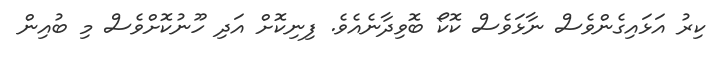
ކިރު އަޅައިގެންވެސް ނާޅަވެސް ކޮކޯ ބޮވިދާނެއެވެ. ފިނިކޮށް އަދި ހޫނުކޮށްވެސް މި ބުއިން